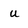
Character: u